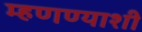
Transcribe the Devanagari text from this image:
म्हणण्याशी